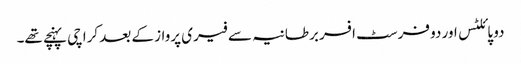
دو پائلٹس اور دو فرسٹ افسر برطانیہ سے فیری پرواز کے بعد کراچی پہنچے تھے۔